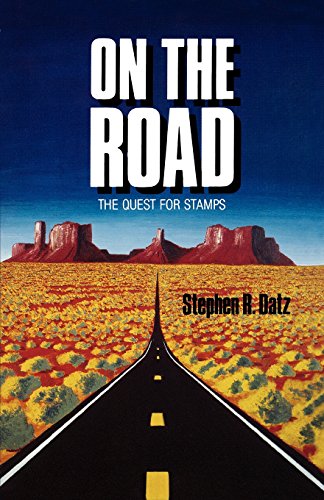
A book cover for On the Road - The Quest for Stamps; Stephen R. Datz; Crafts, Hobbies & Home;